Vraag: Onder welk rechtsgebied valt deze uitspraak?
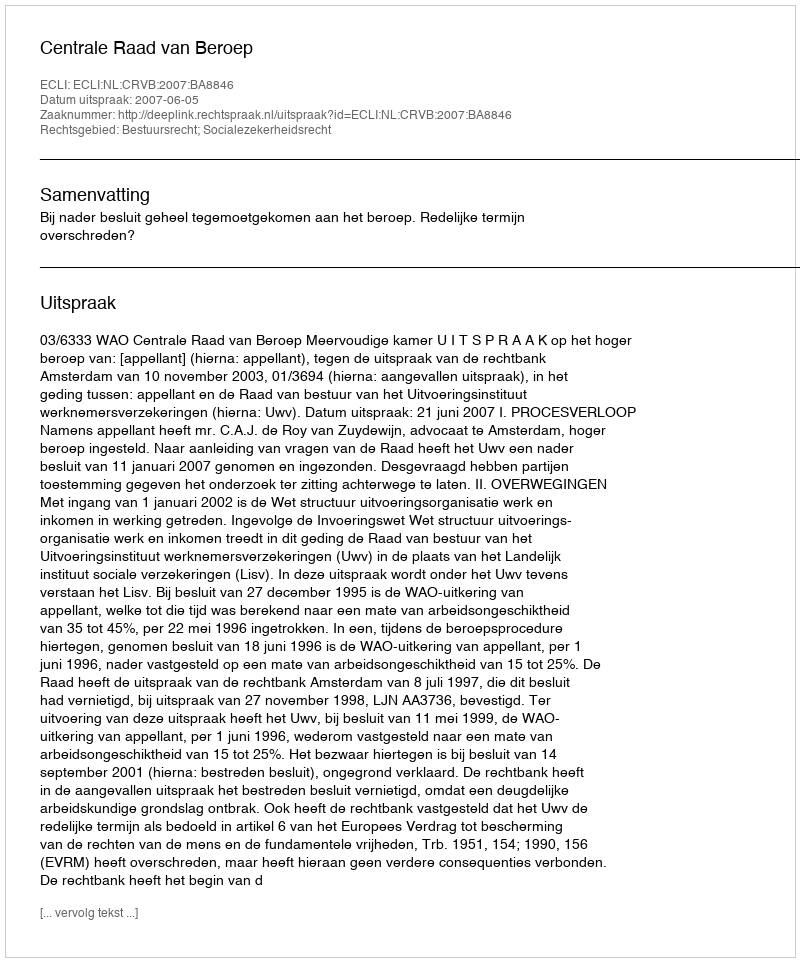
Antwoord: Bestuursrecht; Socialezekerheidsrecht